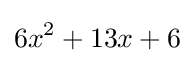
6x^{2}+13x+6